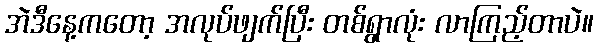
အဲဒီနေ့ကတော့ အလုပ်ဖျက်ပြီး တစ်ရွာလုံး လာကြည့်တာပဲ။